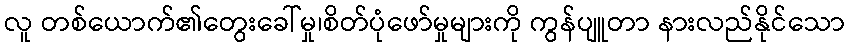
လူ တစ်ယောက်၏တွေးခေါ်မှု၊စိတ်ပုံဖော်မှုများကို ကွန်ပျူတာ နားလည်နိုင်သော